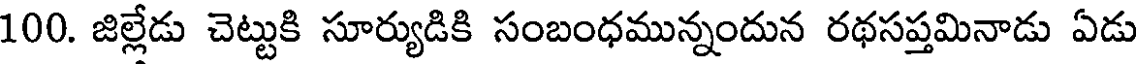
100. జిల్లేడు చెట్టుకి సూర్యుడికి సంబంధమున్నందున రథసప్తమినాడు ఏడు